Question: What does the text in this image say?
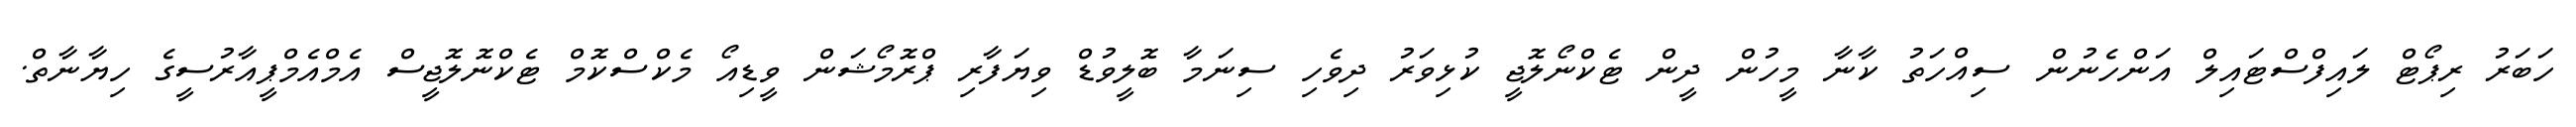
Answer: ހަބަރު ރިޕޯޓް ލައިފްސްޓައިލް އަންހެނުން ސިއްހަތު ކާނާ މީހުން ދީން ޓެކްނޯލޮޖީ ކުޅިވަރު ދިވެހި ސިނަމާ ބޮލީވުޑް ވިޔަފާރި ޕްރޮމޯޝަން ވީޑިއޯ މެކްސްކޮމް ޓެކްނޮލޮޖީސް އެމްއެމްޕީއާރުސީގެ ހިޔާނާތް.